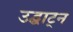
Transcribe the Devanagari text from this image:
उद्घाट्न